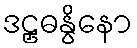
ဒဠှဓနွိနော